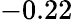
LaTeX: -0.22